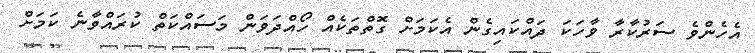
އެހެންވެ ސަރުކާރާ ވާހަކަ ދައްކައިގެން އެކަމަށް ގޮތްތަކެއް ހޯއްދަވަން މަސައްކަތް ކުރައްވާނެ ކަމަށް